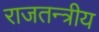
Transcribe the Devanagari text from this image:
राजतन्त्रीय